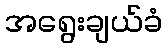
အရွေးချယ်ခံ